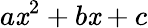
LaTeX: a\mathit{x}^{2}+b\mathit{x}+c